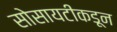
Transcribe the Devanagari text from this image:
सोसायटीकडून